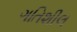
ગતિશીલ